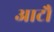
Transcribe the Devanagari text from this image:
आटौ